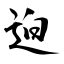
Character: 迫